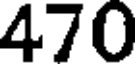
470